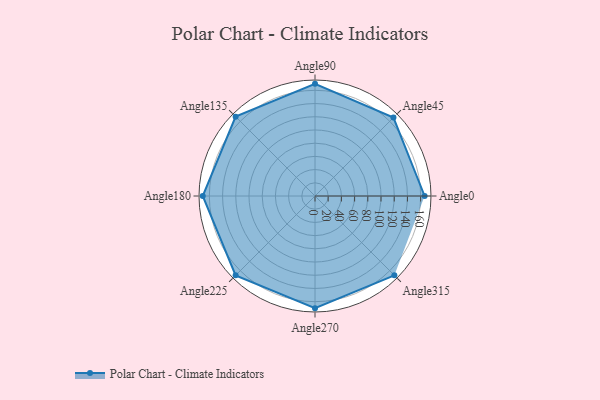
{"axis": {"x": "Angle", "y": "Radius"}, "legend": [""], "data": [{"x": "Angle0", "y": 166.0, "type": ""}, {"x": "Angle45", "y": 168.0, "type": ""}, {"x": "Angle90", "y": 170, "type": ""}, {"x": "Angle135", "y": 170, "type": ""}, {"x": "Angle180", "y": 170, "type": ""}, {"x": "Angle225", "y": 170, "type": ""}, {"x": "Angle270", "y": 170, "type": ""}, {"x": "Angle315", "y": 170, "type": ""}]}